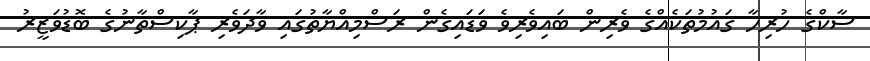
ސާކްގެ ހުރިހާ ގައުމުތަކެއްގެ ވެރިން ބައިވެރިވެ ވަޑައިގެން ރަސްމިއްޔާތުގައި ވާދަވެރި ޕާކިސްތާނުގެ ބޮޑުވަޒީރު